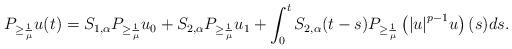
LaTeX: \begin{align*}{P_{ \ge \frac{1}{{{\mu}}}}}u(t) = {S_{1,\alpha }}{P_{ \ge \frac{1}{{{\mu}}}}}{u_0} + {S_{2,\alpha }}{P_{ \ge \frac{1}{{{\mu}}}}}{u_1} + \int_0^t {{S_{2,\alpha }}} (t - s){P_{ \ge \frac{1}{{{\mu}}}}}\left( {{{\left| u \right|}^{p - 1}}u} \right)(s)ds.\end{align*}